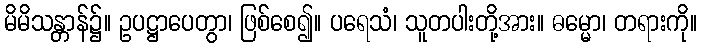
မိမိသန္တာန်၌။ ဥပဋ္ဌာပေတွာ၊ ဖြစ်စေ၍။ ပရေသံ၊ သူတပါးတို့အား။ ဓမ္မော၊ တရားကို။